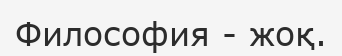
Философия - жоқ.